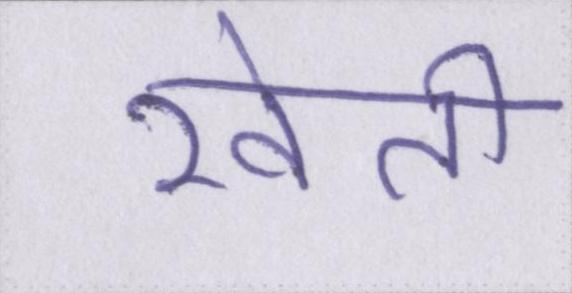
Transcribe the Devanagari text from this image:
खेती